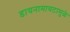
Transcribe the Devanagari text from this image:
डायनामायटामुळे